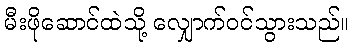
မီးဖိုဆောင်ထဲသို့ လျှောက်ဝင်သွားသည်။